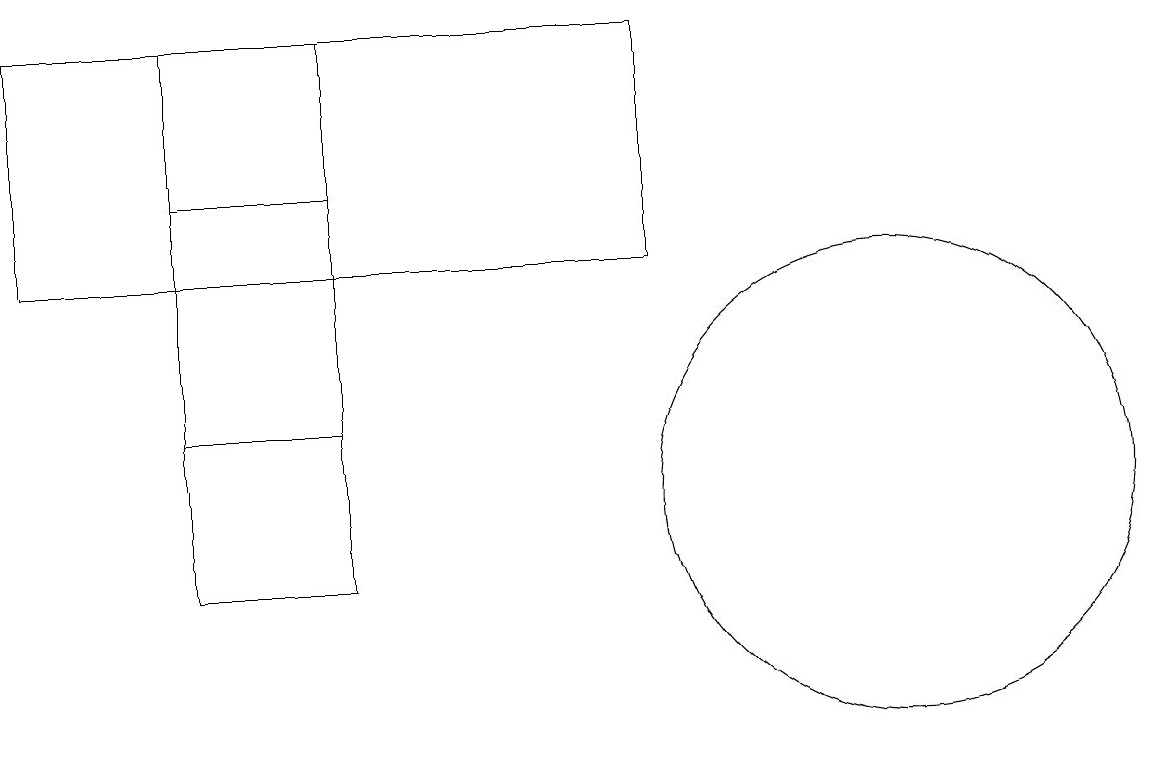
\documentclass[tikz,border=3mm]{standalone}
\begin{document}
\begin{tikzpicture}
\draw (8,15) rectangle (0,18);
\draw (11,12) circle (3);
\draw (11,10) circle (0);
\draw (4,11) rectangle (2,18);
\draw (2,16) rectangle (4,13);
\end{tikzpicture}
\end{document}